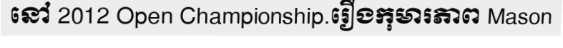
នៅ 2012 Open Championship.រឿងកុមារភាព Mason